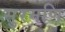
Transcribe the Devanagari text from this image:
सुरमणि